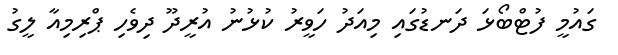
ގައުމީ ފުޓްބޯޅަ ދަނޑުގައި މިއަދު ހަވީރު ކުޅުނު އުރީދޫ ދިވެހި ޕްރިމިއާ ލީގު